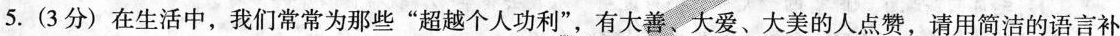
5. (3分) 在生活中，我们常常为那些”超越个人功利”，有大善、大爱、大美的人点赞，请用简洁的语言补